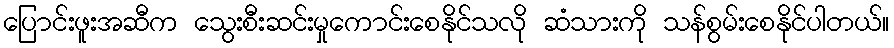
ပြောင်းဖူးအဆီက သွေးစီးဆင်းမှုကောင်းစေနိုင်သလို ဆံသားကို သန်စွမ်းစေနိုင်ပါတယ်။